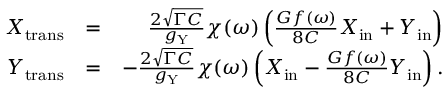
\begin{array} { r l r } { X _ { \mathrm { t r a n s } } } & { = } & { \frac { 2 \sqrt { \Gamma C } } { g _ { \mathrm { Y } } } \chi ( \omega ) \left( \frac { G f ( \omega ) } { 8 C } X _ { \mathrm { i n } } + Y _ { \mathrm { i n } } \right) } \\ { Y _ { \mathrm { t r a n s } } } & { = } & { - \frac { 2 \sqrt { \Gamma C } } { g _ { \mathrm { Y } } } \chi ( \omega ) \left( X _ { \mathrm { i n } } - \frac { G f ( \omega ) } { 8 C } Y _ { \mathrm { i n } } \right) . } \end{array}